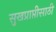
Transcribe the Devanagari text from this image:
सुखप्राप्तीसाठी